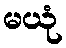
မယုံ